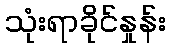
သုံးရာခိုင်နှုန်း